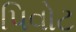
પિવોટ